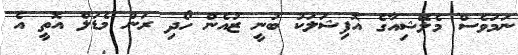
ނަމަވެސް މެލޭޝިއާގެ އޮފިޝަލަކު ބުނީ ޒުއެން ހޯދި ރަން މެޑަލް އޮތީ އެ